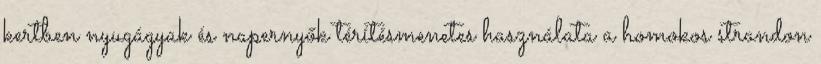
kertben nyugágyak és napernyők térítésmenetes használata a homokos strandon